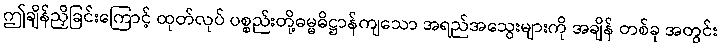
ဤချိန်ညှိခြင်းကြောင့် ထုတ်လုပ် ပစ္စည်းတို့ဓမ္မဓိဋ္ဌာန်ကျသော အရည်အသွေးများကို အချိန် တစ်ခု အတွင်း